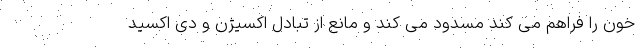
خون را فراهم می کند مسدود می کند و مانع از تبادل اکسیژن و دی اکسید